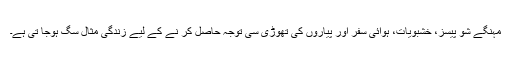
مہنگے شو پیسز، خشبویات، ہوائی سفر اور پیاروں کی تھوڑی سی توجہ حاصل کر نے کے لیے زندگی مثالِ سگ ہوجا تی ہے۔